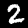
Digit: 2